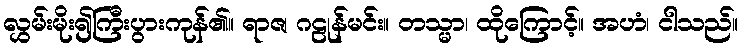
လွှမ်းမိုး၍ကြီးပွားကုန်၏။ ရာဇ၊ ဂဠုန်မင်း။ တသ္မာ၊ ထိုကြောင့်။ အဟံ၊ ငါသည်။